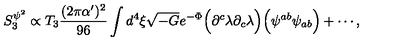
S _ { 3 } ^ { \psi ^ { 2 } } \propto T _ { 3 } { \frac { ( 2 \pi \alpha ^ { \prime } ) ^ { 2 } } { 9 6 } } \int d ^ { 4 } \xi \sqrt { - G } e ^ { - \Phi } \Big ( \partial ^ { c } \lambda \partial _ { c } \lambda \Big ) \Big ( \psi ^ { a b } \psi _ { a b } \Big ) + \cdots ,